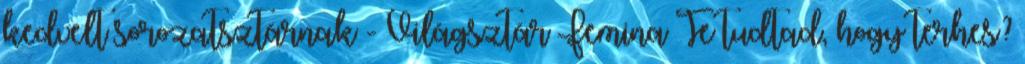
kedvelt sorozatsztárnak - Világsztár Femina Te tudtad, hogy terhes?